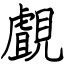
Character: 覰